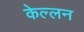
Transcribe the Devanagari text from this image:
केल्लन